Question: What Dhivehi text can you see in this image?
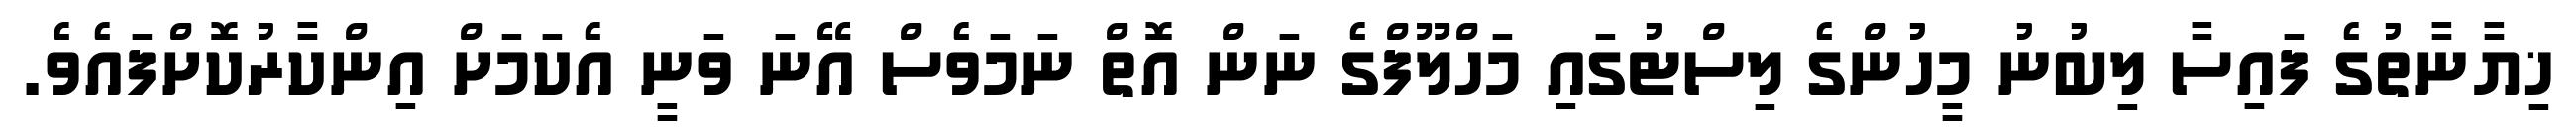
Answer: ޚިޔާނާތުގެ ފައިސާ ލިބުނު މީހުންގެ ލިސްޓުގައި މަހްލޫފްގެ ނަން އޮތް ނަމަވެސް އޭނަ ވަނީ އެކަމަށް އިންކާރުކޮަށްފައެވެ.